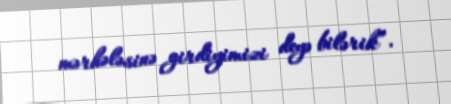
mərhələsinə girdiyimizi deyə bilərik”.